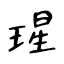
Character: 瑆